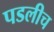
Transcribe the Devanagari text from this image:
पडलीच